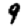
Digit: 9